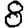
Digit: 8